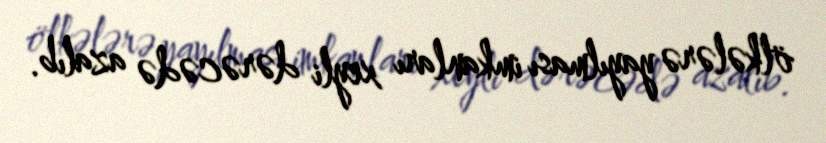
ölkələrə yayılması imkanları xeyli dərəcədə azalıb.